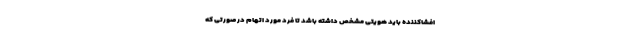
افشاکننده باید هویتی مشخص داشته باشد تا فرد مورد اتهام در صورتی که